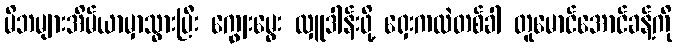
မိဘများအိမ်ယာမှာသွားပြီး ကျွေးမွေး လှူဒါန်းဖို့ ရှေးကလဲတစ်ခါ တူမောင်အောင်ခန့်ကို